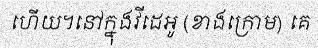
ហើយ។នៅក្នុងវីដេអូ (ខាងក្រោម) គេ